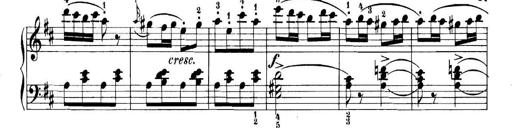
Title: 11 Sonatinas
Composer: Anton Diabelli